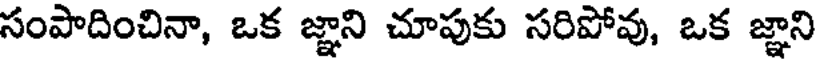
సంపాదించినా, ఒక జ్ఞాని చూపుకు సరిపోవు, ఒక జ్ఞాని